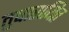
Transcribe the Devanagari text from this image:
तुषारायित